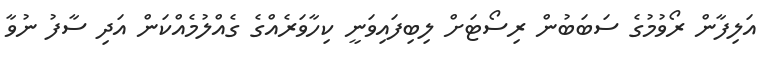
އަލިފާން ރޯވުމުގެ ސަބަބުން ރިސޯޓަށް ލިބިފައިވަނީ ކިހާވަރެއްގެ ގެެއްލުމެއްކަން އަދި ސާފު ނުވާ